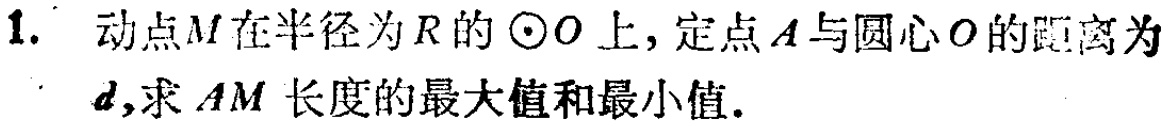
1. 动点\(M\)在半径为\(R\)的\(\odot O\)上，定点\(A\)与圆心\(O\)的距离为\(d\)，求\(AM\)长度的最大值和最小值.